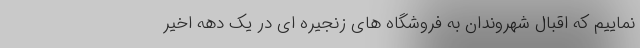
نماییم که اقبال شهروندان به فروشگاه های زنجیره ای در یک دهه اخیر